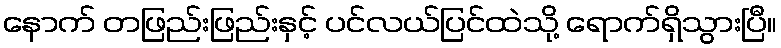
နောက် တဖြည်းဖြည်းနှင့် ပင်လယ်ပြင်ထဲသို့ ရောက်ရှိသွားပြီ။